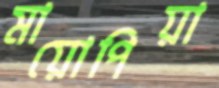
মায়োপিয়া